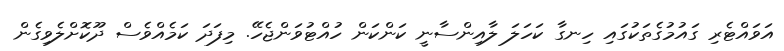
އަވައްޓެރި ގައުމުގެތަކުގައި ހިނގާ ކަހަލަ ލާއިންސާނީ ކަންކަން ހުއްޓުވަންޖެހޭ. މިފަދަ ކަމެއްވެސް ދޫކޮށްލެވިގެން